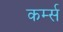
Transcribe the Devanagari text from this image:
कर्म्स